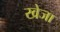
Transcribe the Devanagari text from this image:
खेजा